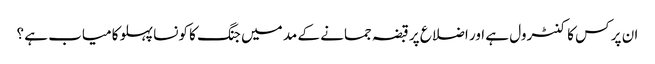
ان پر کس کا کنٹرول ہے اور اضلاع پر قبضہ جمانے کے مد میں جنگ کا کونسا پہلو کامیاب ہے ؟